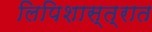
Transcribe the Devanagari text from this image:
लिपिशास्त्रात